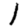
Digit: 1